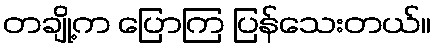
တချို့က ပြောကြ ပြန်သေးတယ်။